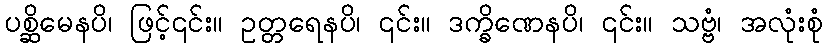
ပစ္ဆိမေနပိ၊ ဖြင့်၎င်း။ ဥတ္တရေနပိ၊ ၎င်း။ ဒက္ခိဏေနပိ၊ ၎င်း။ သဗ္ဗံ၊ အလုံးစုံ